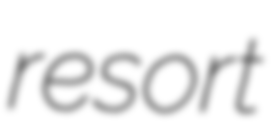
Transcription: resort